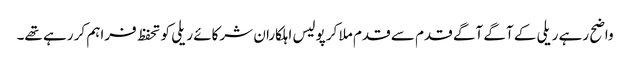
واضح رہے ریلی کے آگے آگے قدم سے قدم ملا کر پولیس اہلکاران شرکائے ریلی کو تحفظ فراہم کر رہے تھے۔